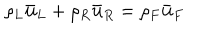
\rho _ { L } \bar { \bf u } _ { L } + \rho _ { R } \bar { \bf u } _ { R } = \rho _ { F } \bar { \bf u } _ { F }